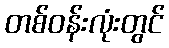
တစ်ဝန်းလုံးတွင်